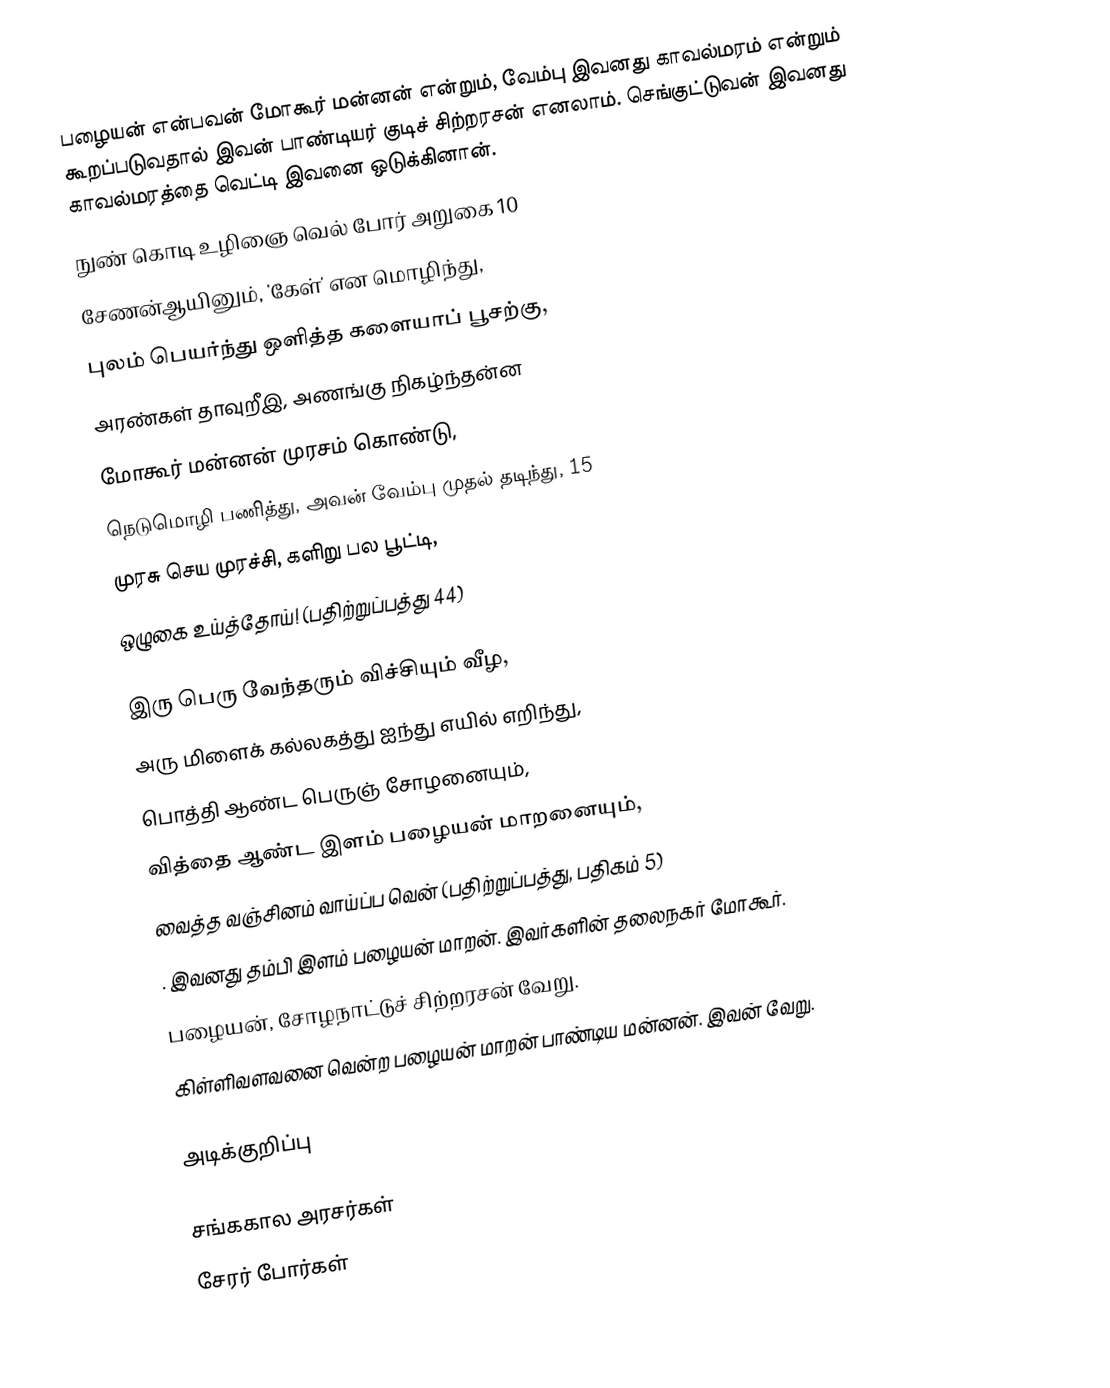
பழையன் என்பவன் மோகூர் மன்னன் என்றும், வேம்பு இவனது காவல்மரம் என்றும் கூறப்படுவதால் இவன் பாண்டியர் குடிச் சிற்றரசன் எனலாம். செங்குட்டுவன் இவனது காவல்மரத்தை வெட்டி இவனை ஒடுக்கினான்.
நுண் கொடி உழிஞை வெல் போர் அறுகை  	10
சேணன்ஆயினும், 'கேள்' என மொழிந்து,
புலம் பெயர்ந்து ஒளித்த களையாப் பூசற்கு,
அரண்கள் தாவுறீஇ, அணங்கு நிகழ்ந்தன்ன
மோகூர் மன்னன் முரசம் கொண்டு,
நெடுமொழி பணித்து, அவன் வேம்பு முதல் தடிந்து,	15
முரசு செய முரச்சி, களிறு பல பூட்டி,
ஒழுகை உய்த்தோய்! (பதிற்றுப்பத்து 44)

இரு பெரு வேந்தரும் விச்சியும் வீழ,
அரு மிளைக் கல்லகத்து ஐந்து எயில் எறிந்து,
பொத்தி ஆண்ட பெருஞ் சோழனையும்,
வித்தை ஆண்ட இளம் பழையன் மாறனையும்,
வைத்த வஞ்சினம் வாய்ப்ப வென் (பதிற்றுப்பத்து, பதிகம் 5)
.  இவனது தம்பி இளம் பழையன் மாறன். இவர்களின் தலைநகர் மோகூர்.
 பழையன், சோழநாட்டுச் சிற்றரசன் வேறு.
 கிள்ளிவளவனை வென்ற பழையன் மாறன் பாண்டிய மன்னன். இவன் வேறு.

அடிக்குறிப்பு

சங்ககால அரசர்கள்
சேரர் போர்கள்